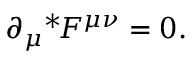
\partial _ { \mu } { } ^ { * } \! F ^ { \mu \nu } = 0 .